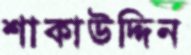
শাকাউদ্দিন